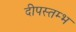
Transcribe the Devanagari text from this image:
दीपस्तम्भ